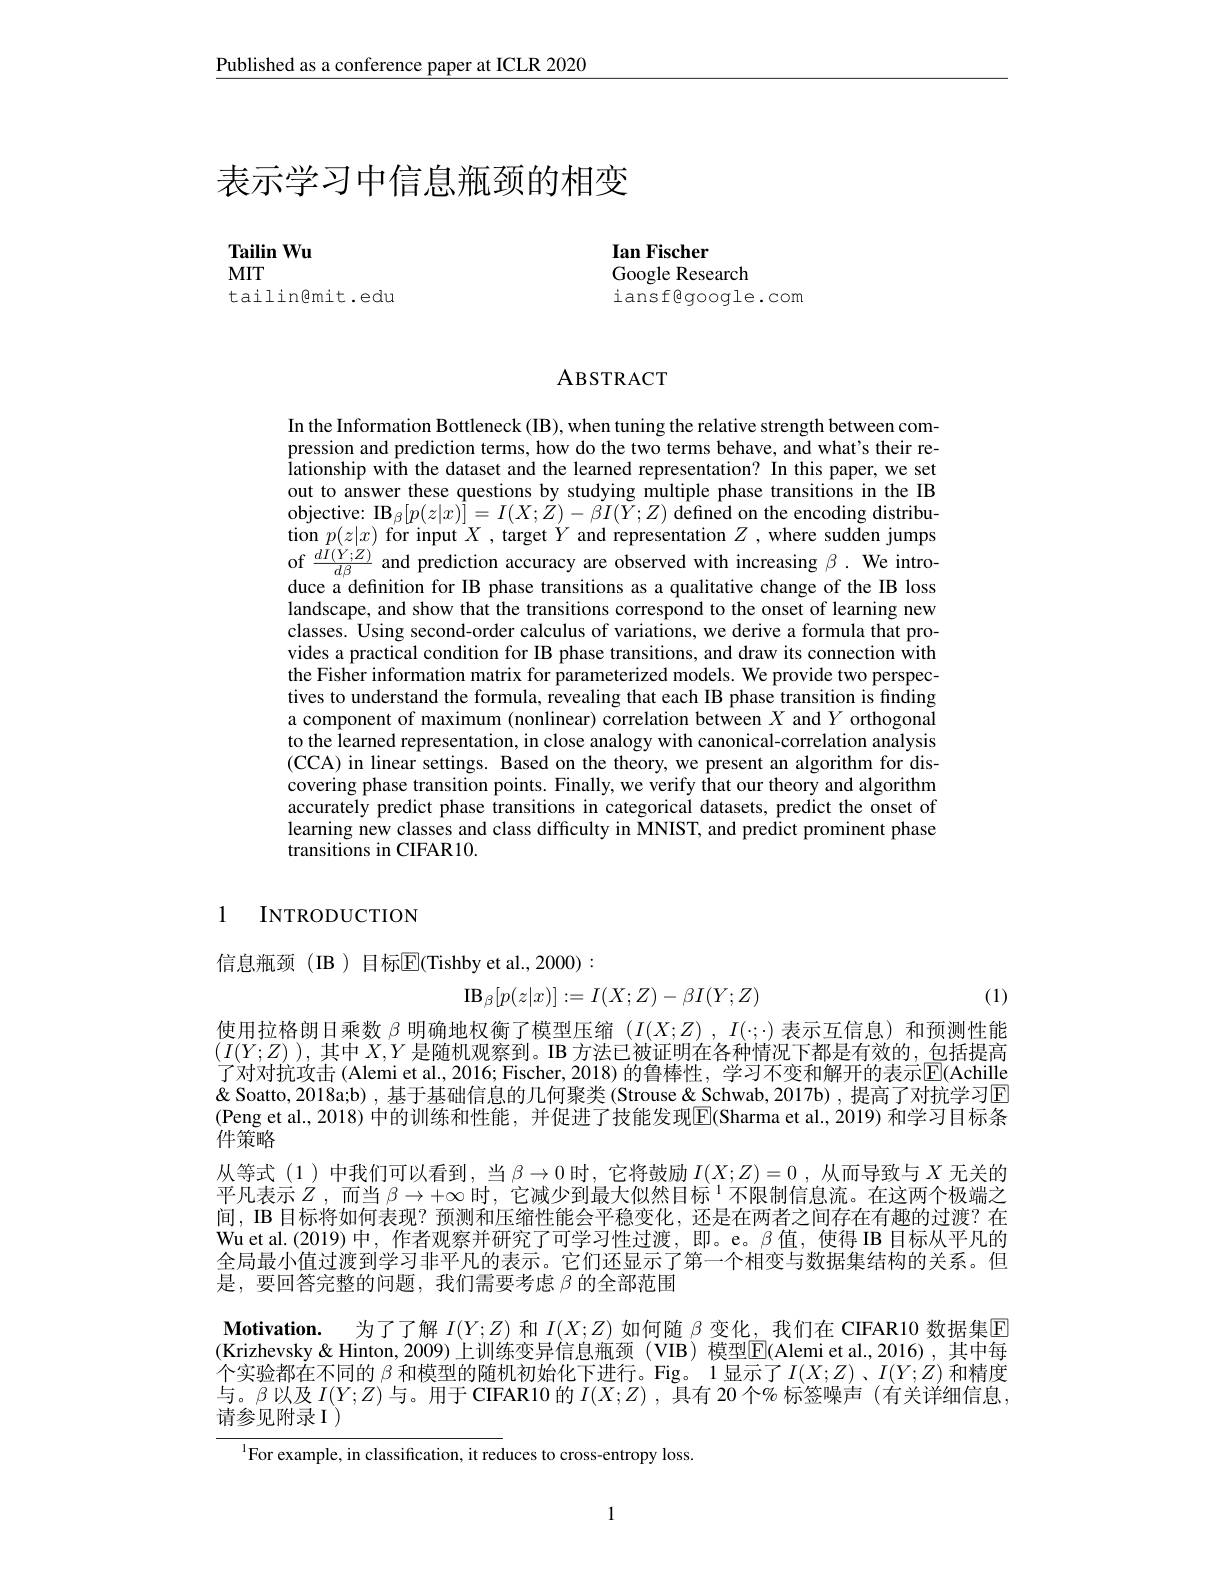
$\underline{\text{Published as a conference paper at ICLR 2020}}$

# 表示学习中信息瓶颈的相变

$\textbf{Tailin Wu}$
MIT

Ian Fischer
Google Research
$\operatorname{ians}$Egoogle.com

tailin@mit.edu

## ABSTRACT

In the Information Bottleneck (IB), when tuning the relative strength between compression and prediction terms, how do the two terms behave, and what's their relationship with the dataset and the learned representation? In this paper, we set out to answer these questions by studying multiple phase transitions in the IB objective: IB$_\beta[p(z|x)]=I(X;\dot{Z})-\dot{\beta}I(\tilde{Y};Z)$ defined on the encoding distribution $p(z|x)$ for input $X$, target $Y$ and representation $Z$,where sudden jumps of $\frac{dI(Y;Z)}{d\beta}$ and prediction accuracy are observed with increasing $\beta.$ We introduce a definition for IB phase transitions as a qualitative change of the IB loss landscape, and show that the transitions correspond to the onset of learning new classes. Using second-order calculus of variations, we derive a formula that provides a practical condition for IB phase transitions, and draw its connection with the Fisher information matrix for parameterized models. We provide two perspectives to understand the formula, revealing that each IB phase transition is finding a component of maximum (nonlinear) correlation between $X$ and $Y$ orthogonal to the learned representation, in close analogy with canonical-correlation analysis (CCA) in linear settings. Based on the theory, we present an algorithm for discovering phase transition points. Finally, we verify that our theory and algorithm accurately predict phase transitions in categorical datasets, predict the onset of learning new classes and class difficulty in MNIST, and predict prominent phase transitions in CIFAR10.

1 INTRODUCTION

信息瓶颈(IB)目标$\overline{\mathrm{E}}$(Tishby et al.,2000):
$$\mathrm{IB}_{\beta}[p(z|x)]:=I(X;Z)-\beta I(Y;Z)$$
(1)

使用拉格朗日乘数$\beta$明确地权衡了模型压缩$(I(X;Z),I(:;\cdot)$表示互信息) 和预测性能$(I(Y;Z))$,其中$X,Y$是随机观察到。IB 方法已被证明在各种情况下都是有效的，包括提高了对对抗攻击 (Alemi et al., 2016; Fischer, 2018) 的鲁棒性，学习不变和解开的表示$\mathbb{E}($Achille & Soatto, 2018a;b) ,基于基础信息的几何聚类 (Strouse & Schwab, 2017b), 提高了对抗学习$\color{red}{\boxed{\Gamma}}$ (Peng et al., 2018) 中的训练和性能，并促进了技能发现$\boxed{\mathrm{F}}($Sharma et al., 2019) 和学习目标条$\bar{\text{件策略}}$
从等式 (1)中我们可以看到，当$\beta\to0$时，它将鼓励$I(X;Z)=0$ ,从而导致与$X$无关的平凡表示$Z$ ,而当$\beta\to+\infty\text{ 时，它减少到最大似然目标}^{1}$不限制信息流。在这两个极端之间，IB 目标将如何表现？预测和压缩性能会平稳变化，还是在两者之间存在有趣的过渡？在Wu et al. (2019) 中，作者观察并研究了可学习性过渡，即。e。β值，使得 IB 目标从平凡的全局最小值过渡到学习非平凡的表示。它们还显示了第一个相变与数据集结构的关系。但是，要回答完整的问题，我们需要考虑$\beta$的全部范围
Motivation. 为了了解$I(Y;Z)$和$I(X;Z)$如何随$\beta$变化，我们在 CIFAR10 数据集E (Krizhevsky& Hinton, 2009) 上训练变异信息瓶颈(VIB) 模型$\overline{\mathrm{E}}($Alemi et al.,2016),其中每个实验都在不同的$\beta$和模型的随机初始化下进行。Fig。1 显示了$I(X;Z)$ 、$I(Y;Z)$和精度与。$\beta$以及$I(Y;Z)$与。用于 CIFAR10 的$I(X;Z)$ ,具有 20 个% 标签噪声 (有关详细信息， 请参见附录 I )

$^{\mathrm{l}}$For example, in classification, it reduces to cross-entropy loss.

1